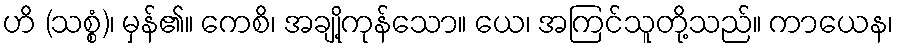
ဟိ (သစ္စံ)၊ မှန်၏။ ကေစိ၊ အချို့ကုန်သော။ ယေ၊ အကြင်သူတို့သည်။ ကာယေန၊